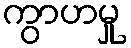
ကွာဟမှု